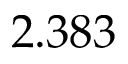
2 . 3 8 3